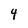
Character: 4